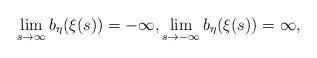
LaTeX: \begin{align*} \lim_{s\to \infty}b_\eta(\xi(s))=-\infty, \lim_{s\to -\infty}b_\eta(\xi(s))=\infty, \end{align*}